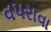
વપરાવા